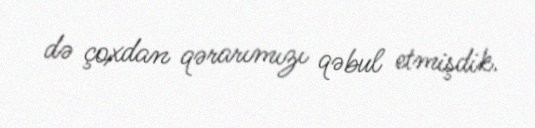
də çoxdan qərarımızı qəbul etmişdik.